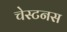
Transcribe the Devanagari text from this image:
चेस्टनस